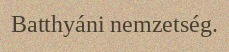
Batthyáni nemzetség.